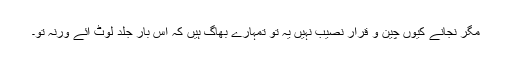
مگر نجانے کیوں چین و قرار نصیب نہیں یہ تو تمہارے بھاگ ہیں کہ اس بار جلد لوٹ آئے ورنہ تو۔